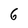
Character: 6